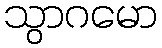
သွာဂမော